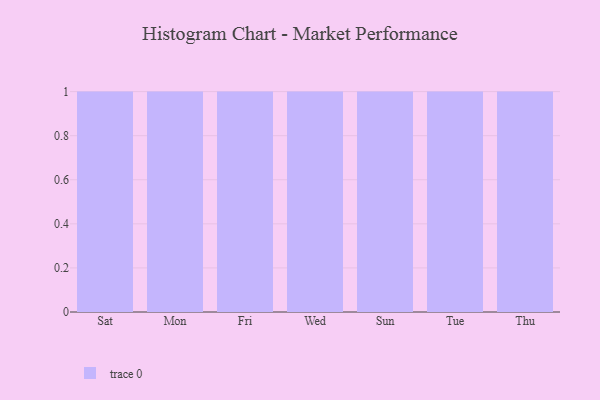
{"axis": {"x": "Day", "y": "LTV (USD)"}, "legend": [""], "data": [{"x": "Sat", "y": 97, "type": ""}, {"x": "Mon", "y": 65, "type": ""}, {"x": "Fri", "y": 65, "type": ""}, {"x": "Wed", "y": 66, "type": ""}, {"x": "Sun", "y": 5, "type": ""}, {"x": "Tue", "y": 38, "type": ""}, {"x": "Thu", "y": 97, "type": ""}]}